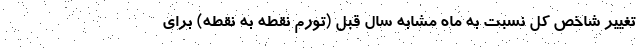
تغییر شاخص کل نسبت به ماه مشابه سال قبل (تورم نقطه به نقطه) برای